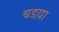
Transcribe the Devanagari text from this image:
बडय़ा